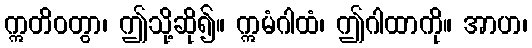
ဣတိဝတွာ၊ ဤသို့ဆို၍။ ဣမံဂါထံ၊ ဤဂါထာကို။ အာဟ၊